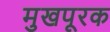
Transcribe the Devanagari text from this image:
मुखपूरक